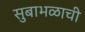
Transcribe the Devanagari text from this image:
सुबाभळाची